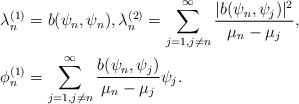
LaTeX: \begin{align*}\begin{aligned}\lambda_n^{(1)} &= b(\psi_n,\psi_n), \lambda_n^{(2)} = \sum_{j=1,j\neq n}^{\infty} \frac{|b(\psi_n,\psi_j)|^2}{\mu_n-\mu_j},\\\phi_n^{(1)} &= \sum_{j=1,j\neq n}^{\infty} \frac{b(\psi_n,\psi_j)}{\mu_n-\mu_j} \psi_j.\end{aligned}\end{align*}